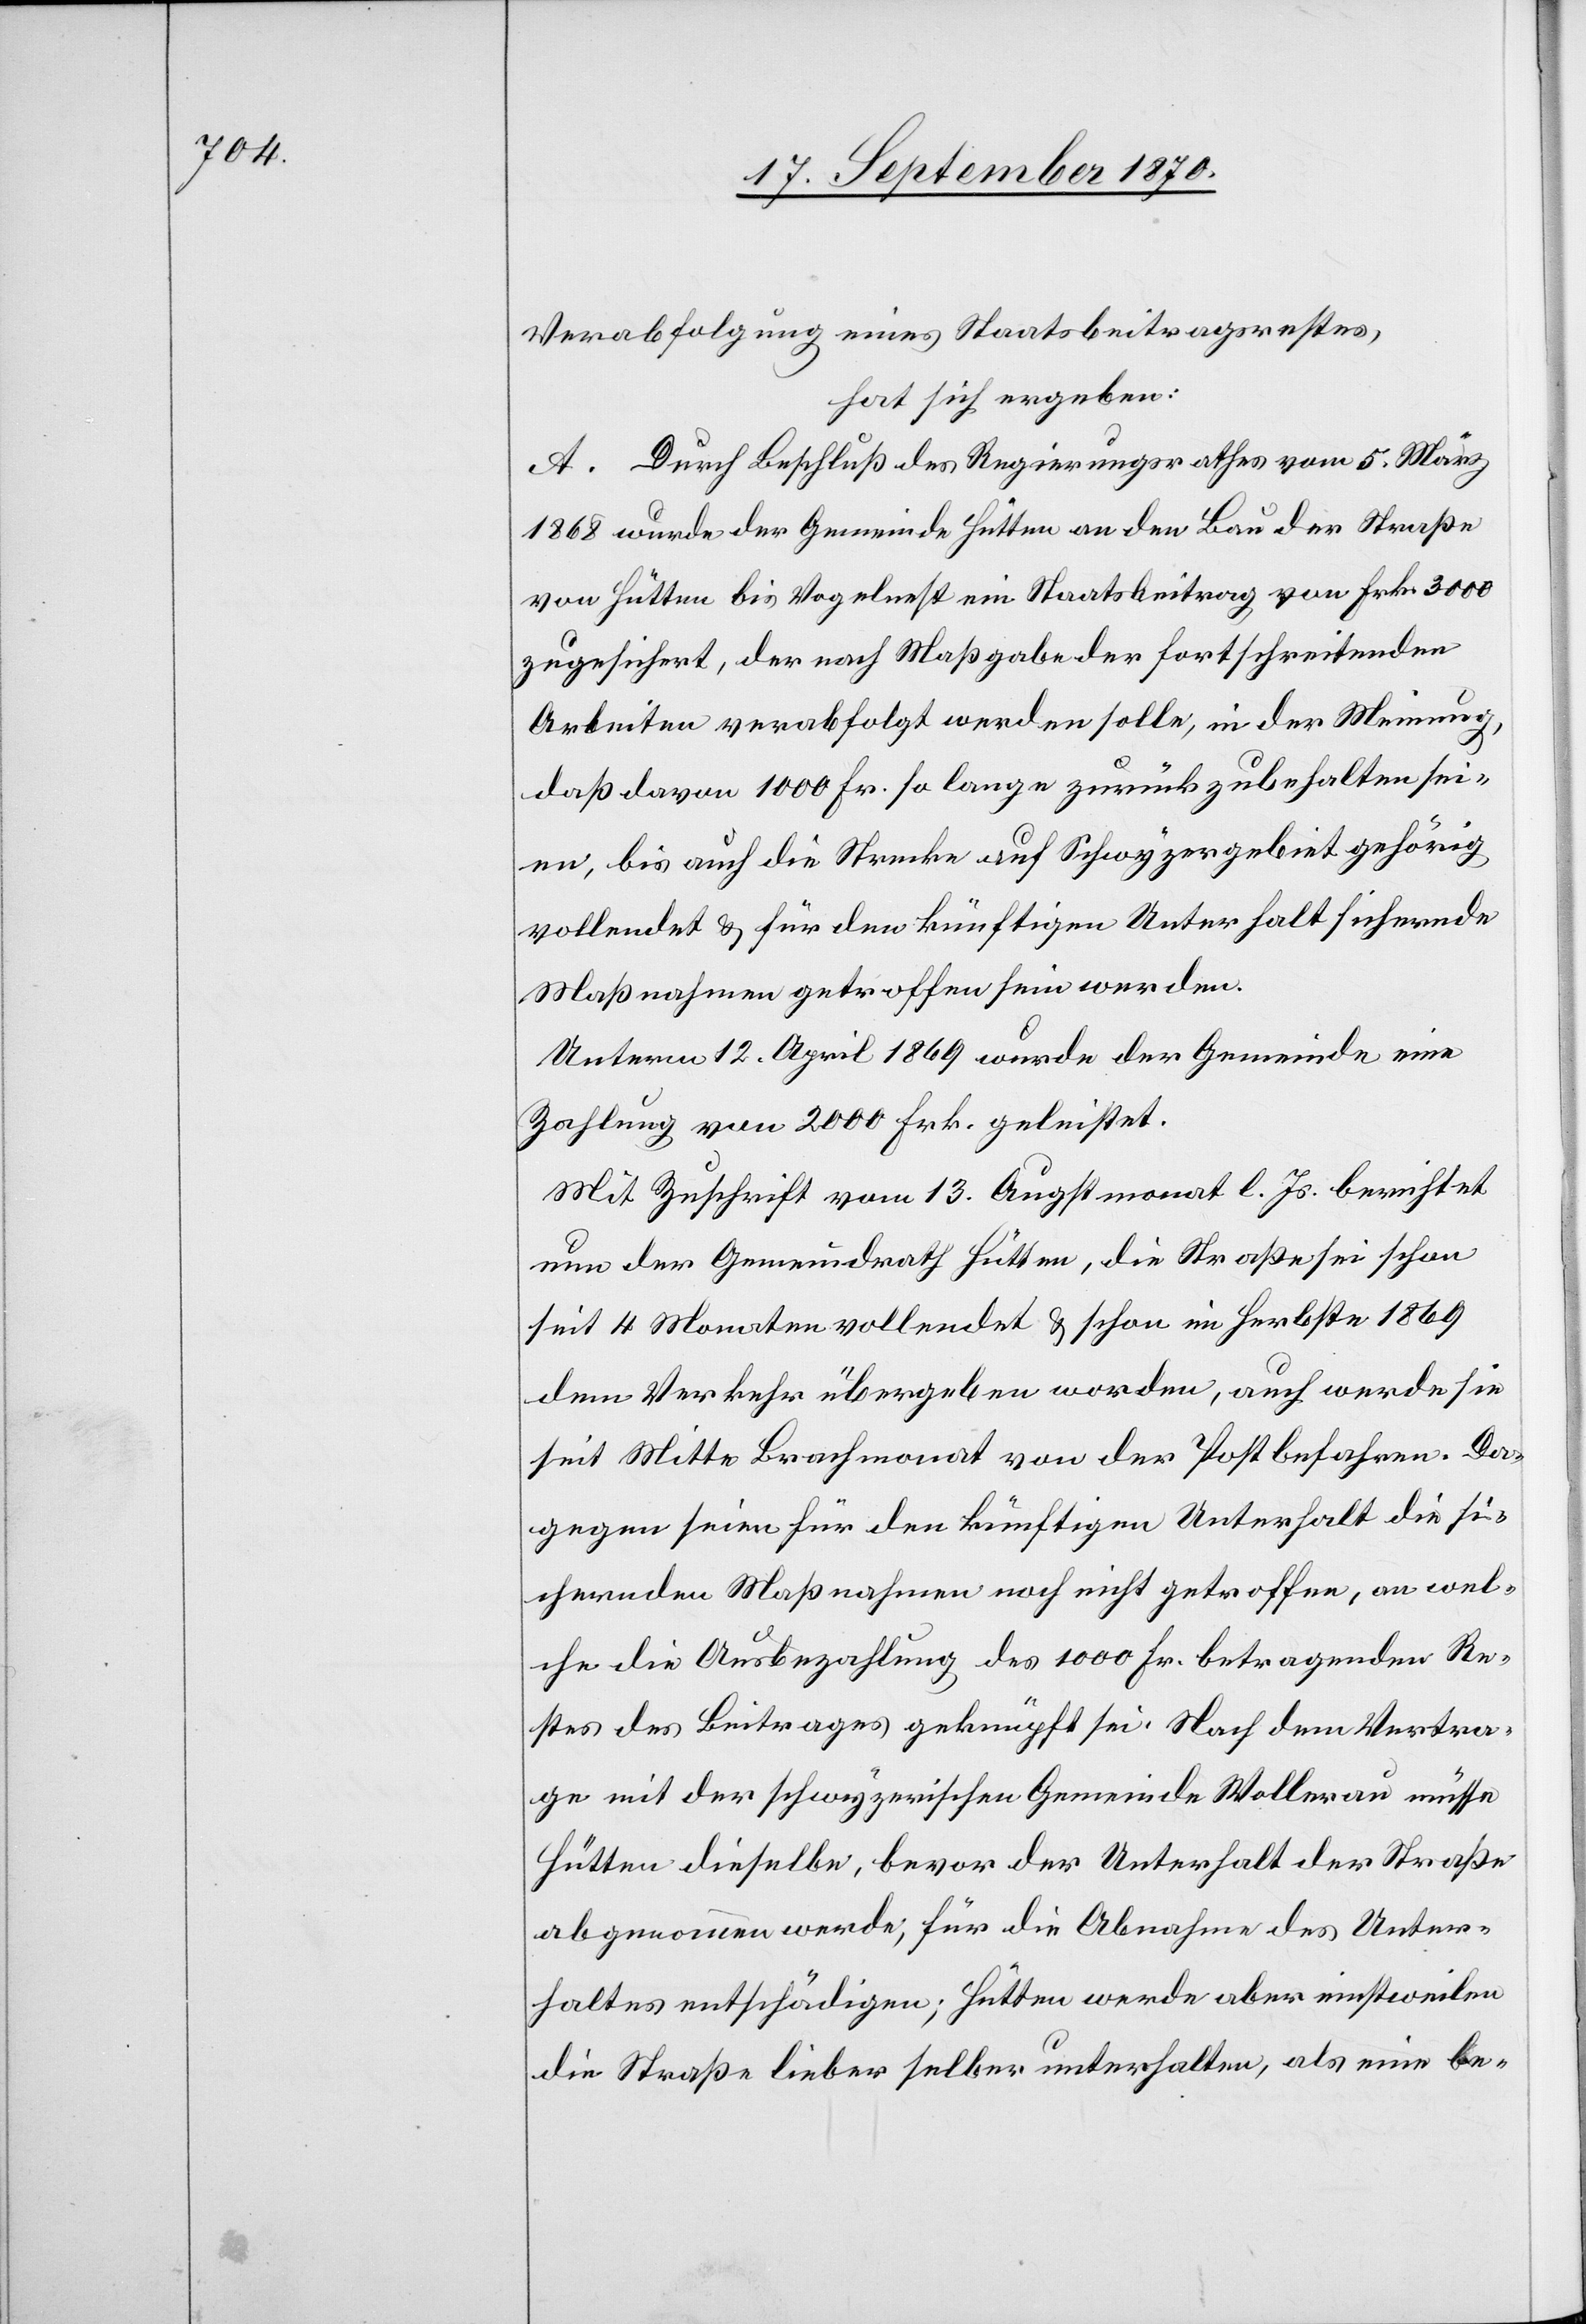
Verabreichung eines Staatsbeitragsrestes,
hat sich ergeben:
A. Durch Beschluß des Regierungsrathes vom 5. März
1868 wurde der Gemeinde Hütten an den Bau der Straße
von Hütten bis Vogelnest ein Staatsbeitrag von Frk. 3000
zugesichert, der nach Maßgabe der fortschreitenden
Arbeiten verabfolgt werden solle, in der Meinung,
daß davon 1000 Fr. so lange zurückzubehalten sei¬
en, bis auch die Strecke auf Schwyzergebiet gehörig
vollendet & für den künftigen Unterhalt sichernde
Maßnahmen getroffen sein werden.
Unterm 12. April 1869 wurde der Gemeinde eine
Zahlung von 2000 Frk. geleistet.
Mit Zuschrift vom 13. Augstmonat l. Js. berichtet
nun der Gemeindrath Hütten, die Straße sei schon
seit 4 Monaten vollendet & schon im Herbst 1869
dem Verkehr übergeben worden, auch werde sie
seit Mitte Brachmonat von der Post befahren. Da¬
gegen seien für den künftigen Unterhalt die si¬
chernden Maßnahmen noch nicht getroffen, an wel¬
che die Ausbezahlung des 1000 Fr. betragenden Re¬
stes des Beitrages geknüpft sei. Nach dem Vertra¬
ge mit der schwyzerischen Gemeinde Wollerau müsse
Hütten dieselbe, bevor der Unterhalt der Straße
abgenommen werde, für die Abnahme des Unter¬
haltes entschädigen; Hütten werde aber einstweilen
die Straße lieber selber unterhalten, als eine be-